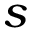
s